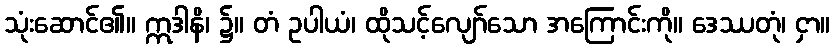
သုံးဆောင်၏။ ဣဒါနိ၊ ၌။ တံ ဥပါယံ၊ ထိုသင့်လျော်သော အကြောင်းကို။ ဒေဿတုံ၊ ငှာ။